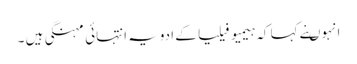
انہوںنے کہا کہ ہیمیو فیلیا کے ادویہ انتہائی مہنگی ہیں ۔